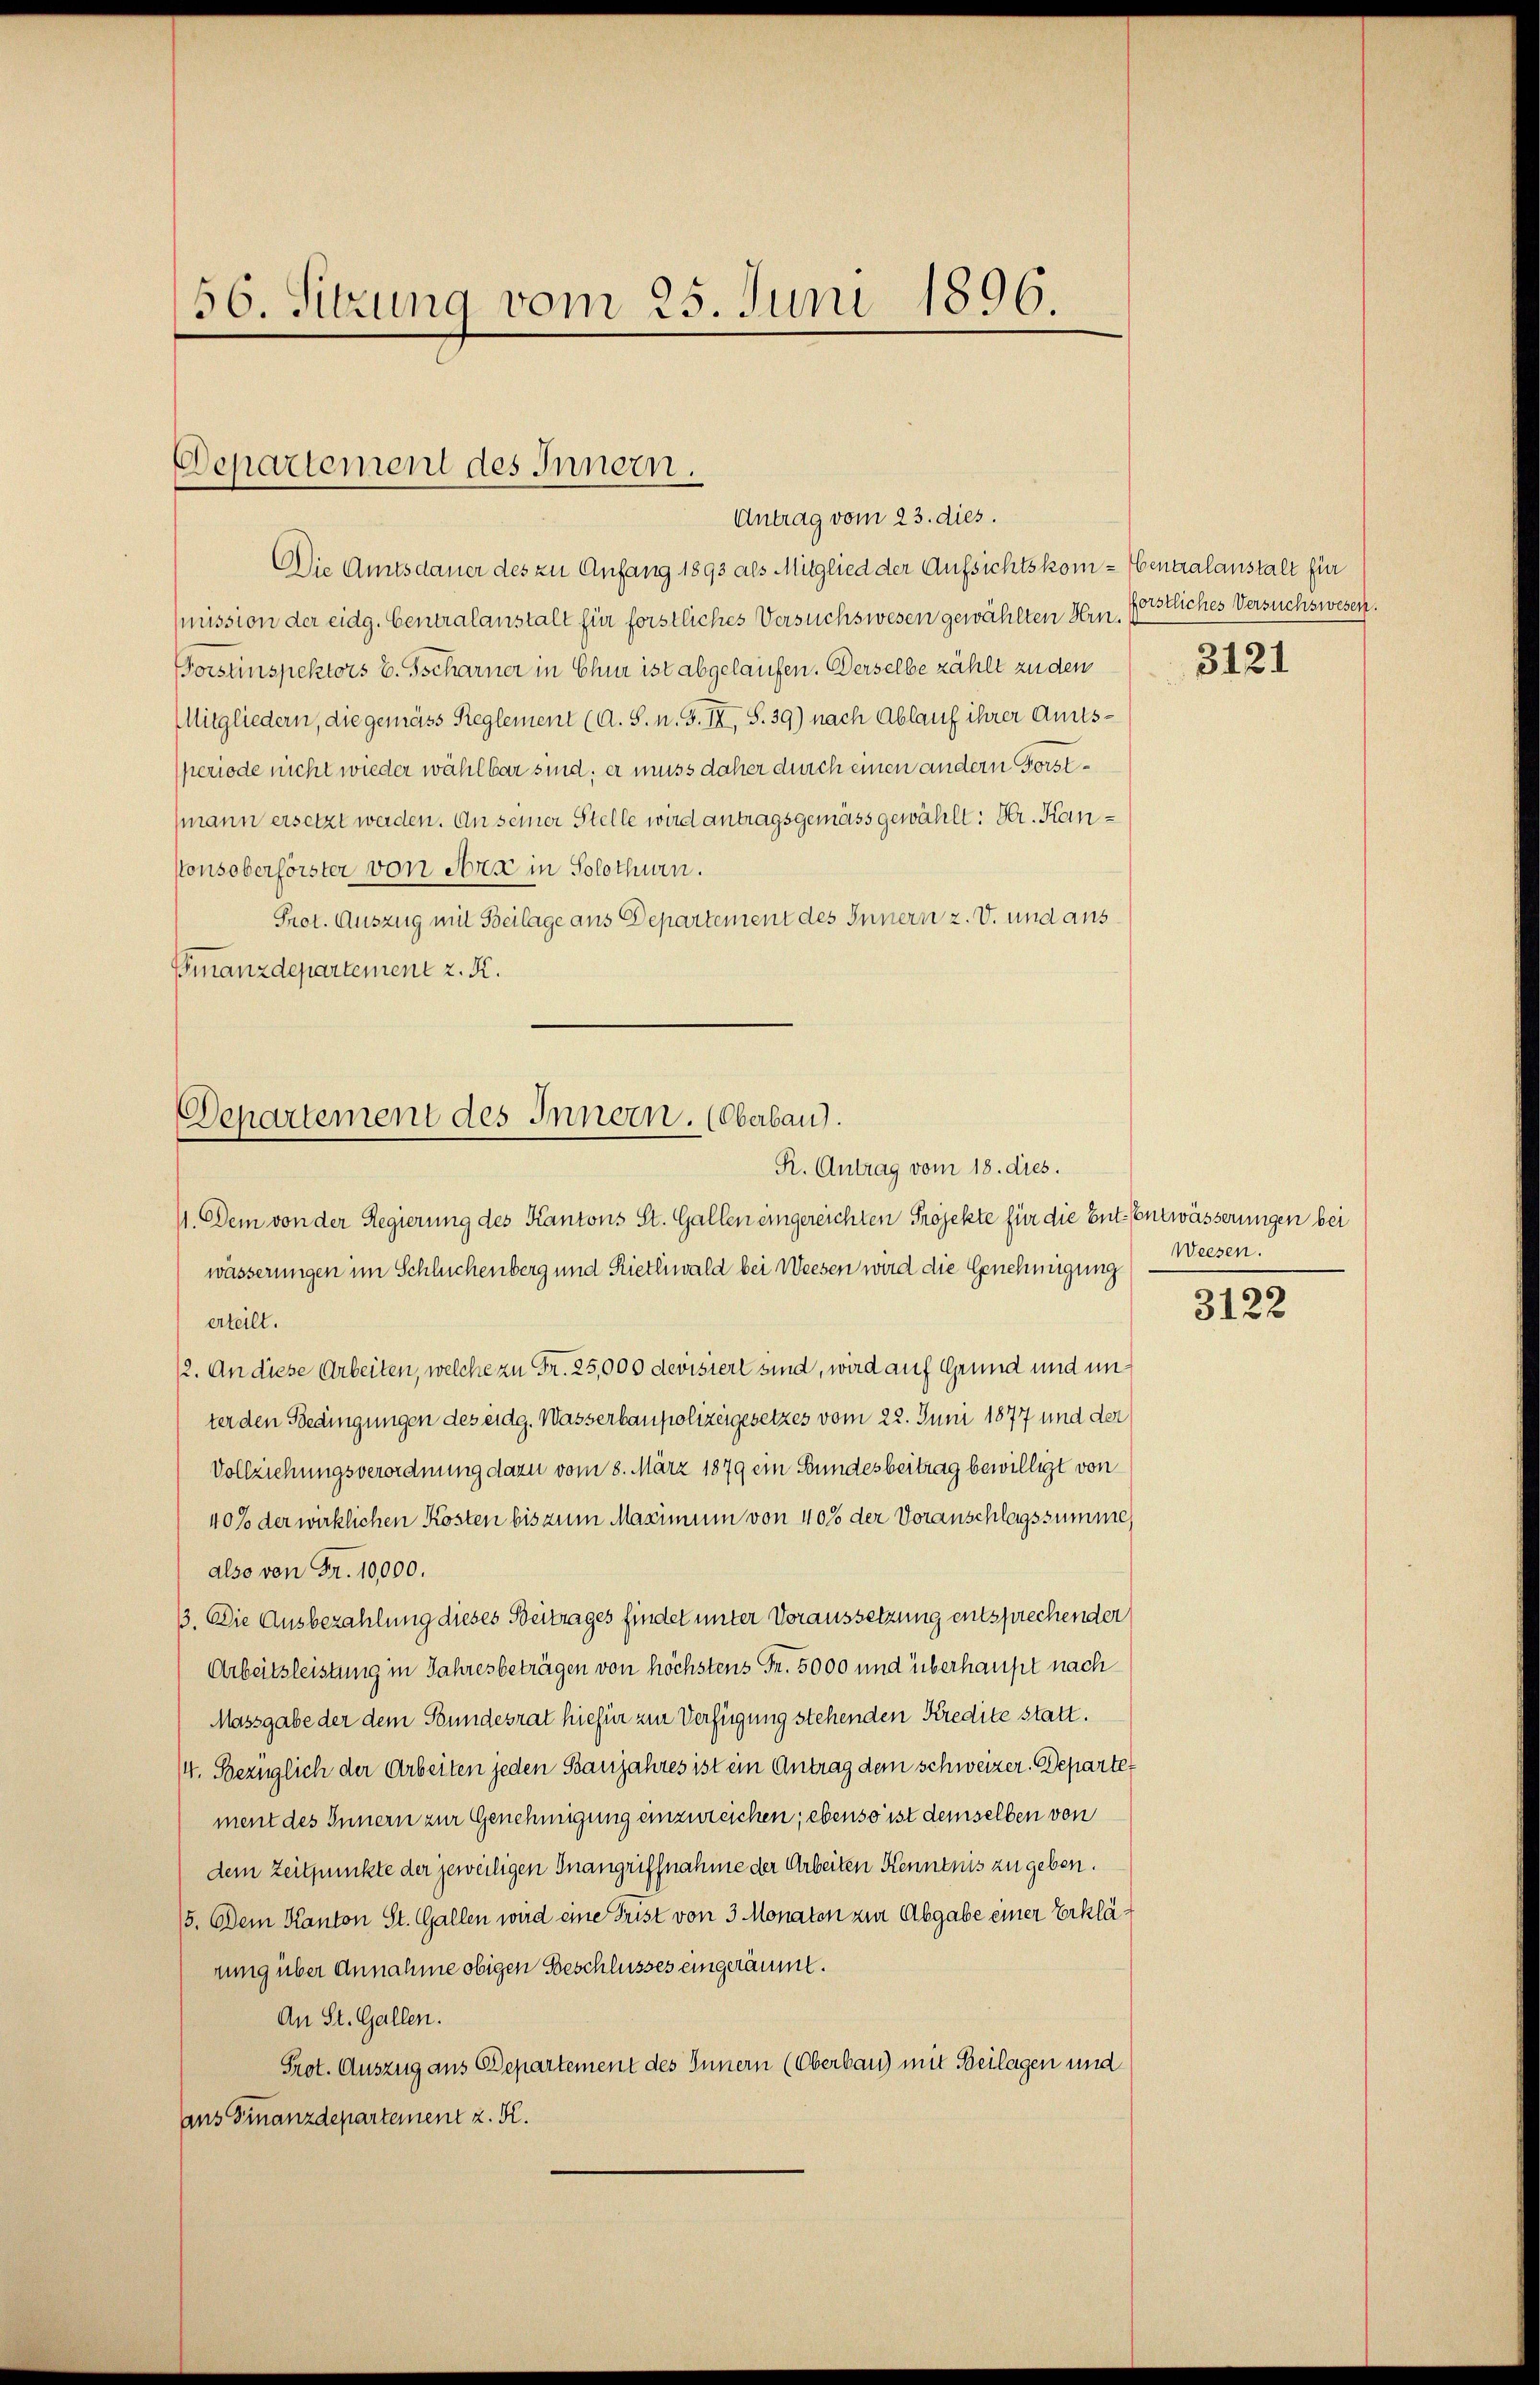
56. Sitzung vom 25. Juni 1896.

Departement des Innern.
Antrag vom 23. dies.

Die Amtsdauer des zu Anfang 1893 als Mitglied der Aufsichtskom- Centralanstalt für
mission der eidg. Centralanstalt für forstliches Versuchswesen gewählten Hrn.
Forstinspektors v. Tscharner in Chur ist abgelaufen. Derselbe zählt zu den
Mitgliedern, die gemäss Reglement (A. S. n. F. IX, S. 39) nach Ablauf ihrer Amtssperiode nicht wieder wählbar sind; er muss daher durch einen andern Forstsmann ersetzt werden. An seiner Stelle wird antragsgemäss gewählt: Hr. Kan¬
Konsoberförster von Arx in Solothurn.
Prot. Auszug mit Beilage aus Departement des Innern z. v. und aus
Finanzdepartement z. K.

Departement des Innern. (Oberbau).
R. Antrag vom 18. dies.

11. Dem von der Regierung des Kantons St. Gallen eingereichten Projekte für die Ent-Entwässerungen bei
wässerungen im Schluchenberg und Riethwald bei Weesen wird die Genehmigung
erteilt.
12. An diese Arbeiten, welche zu Fr. 25,000 devisiert sind, wird auf Grund und unter den Bedingungen des eidg. Wasserbaupolizeigesetzes vom 22. Juni 1877 und der
Vollziehungsverordnung dazu vom 8. März 1879 ein Bundesbeitrag bewilligt von
40% der wirklichen Kosten bis zum Maximum von 40% der Voranschlagssumme,
also von Fr. 10,000.
3. Die Ausbezahlung dieses Beitrages findet unter Voraussetzung entsprechender
Arbeitsleistung in Jahresbeträgen von höchstens Fr. 5000 und überhaupt nach
Massgabe der dem Bundesrat hiefür zur Verfügung stehenden Kredite statt.
4. Bezüglich der Arbeiten jeden Banjahres ist ein Antrag dem schweizer. Departe
ment des Innern zur Genehmigung einzureichen; ebenso ist demselben von
dem Zeitpunkte der jeweiligen Inangriffnahme der Arbeiten Kenntnis zu geben.
5. Dem Kanton St. Gallen wird eine Frist von 3 Monaten zur Abgabe einer Erklärung über Annahme obigen Beschlusses eingeräumt.
An St. Gallen.
Prot. Auszug aus Departement des Innern (Oberbau) mit Beilagen und
ans Finanzdepartement z. K.

forstliches Versuchswesen.

3121

Weesen.

3122